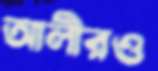
আলীরও